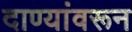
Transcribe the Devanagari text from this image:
दाण्यांवरून